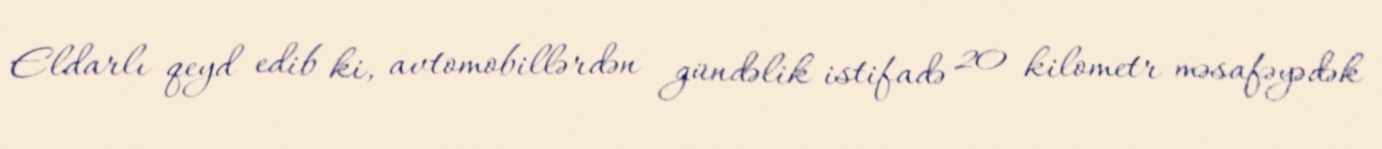
Eldarlı qeyd edib ki, avtomobillərdən gündəlik istifadə 20 kilometr məsafəyədək